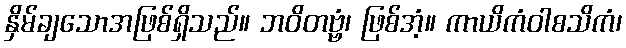
နှိမ်ချသောအဖြစ်ရှိသည်။ ဘဝိတဗ္ဗံ၊ ဖြစ်အံ့။ ကာယိကံဝါစသိကံ၊